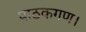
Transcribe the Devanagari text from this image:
पाठकगण।